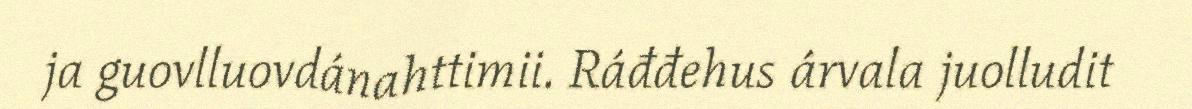
ja guovlluovdánahttimii. Ráđđehus árvala juolludit